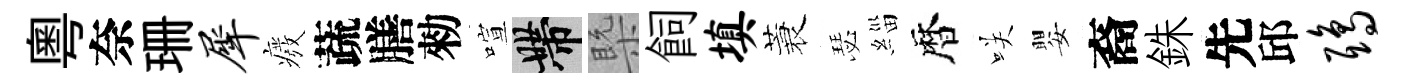
粵奈珊犀癈蔬膳勑喧帶槩飼填蓑瑟緇暦咲嬰裔銖先邱鸱